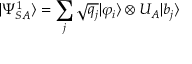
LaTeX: | \Psi _ { S A } ^ { 1 } \rangle = \sum _ { j } { \sqrt { q _ { j } } } | \varphi _ { i } \rangle \otimes U _ { A } | b _ { j } \rangle